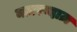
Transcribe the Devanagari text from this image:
नज़रन्दाज़